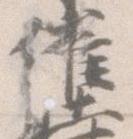
催